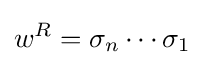
w^{R}=\sigma _{n}\cdots \sigma _{1}